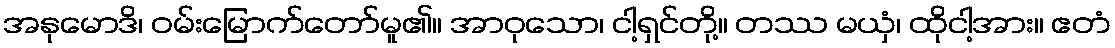
အနုမောဒိ၊ ဝမ်းမြောက်တော်မူ၏။ အာဝုသော၊ ငါ့ရှင်တို့။ တဿ မယှံ၊ ထိုငါ့အား။ ဧတံ